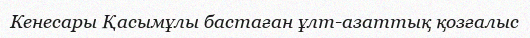
Кенесары Қасымұлы бастаған ұлт-азаттық қозғалыс